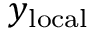
y _ { \mathrm { l o c a l } }